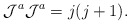
\begin{align*}{\cal J}^{a}{\cal J}^{a}=j(j+1).\end{align*}